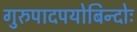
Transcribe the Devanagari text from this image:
गुरुपादपयोबिन्दोः